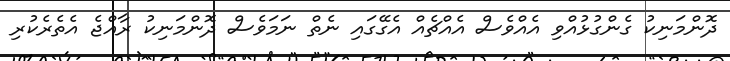
ދޮންމަނިކު ގެންގުޅުއްވި އެއްވެސް އެއްޗެއް އެގޭގައި ނެތް ނަމަވެސް ދޮންމަނިކު ރާއްޖެ އެތެރެކުރި